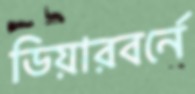
ডিয়ারবর্নে